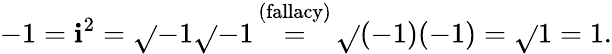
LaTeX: -1=\mathbf{i}^{2}={\sqrt{}{{-1}}}{\sqrt{}{{-1}}}{\stackrel{\mathrm{{~(fallacy)~}}}{=}}{\sqrt{}{{(-1)(-1)}}}={\sqrt{}{{1}}}=1.